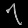
Digit: ၇